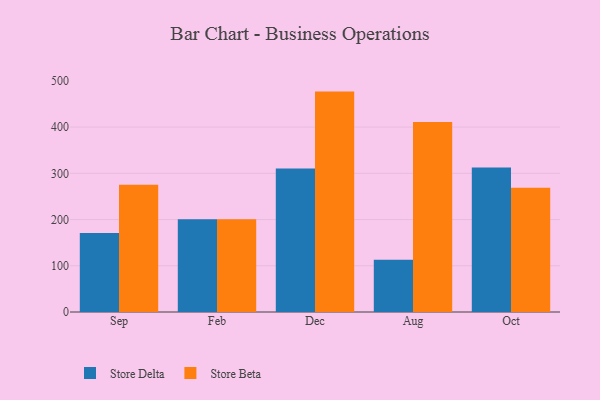
{"axis": {"x": "Month", "y": "Active Users"}, "legend": ["Store Beta", "Store Delta"], "data": [{"x": "Sep", "y": 170.9, "type": "Store Delta"}, {"x": "Sep", "y": 275.3, "type": "Store Beta"}, {"x": "Feb", "y": 200.5, "type": "Store Delta"}, {"x": "Feb", "y": 200.4, "type": "Store Beta"}, {"x": "Dec", "y": 310.5, "type": "Store Delta"}, {"x": "Dec", "y": 476.7, "type": "Store Beta"}, {"x": "Aug", "y": 113.1, "type": "Store Delta"}, {"x": "Aug", "y": 410.8, "type": "Store Beta"}, {"x": "Oct", "y": 312.5, "type": "Store Delta"}, {"x": "Oct", "y": 268.5, "type": "Store Beta"}]}